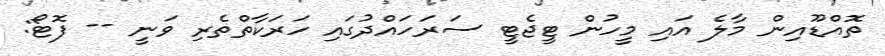
ތޮއްޑޫއިން މާލެ އައި މީހުން ޓީޖެޓީ ސަރަހައްދުގައި ހަރަކާތްތެރި ވަނީ -- ފޮޓޯ: